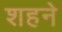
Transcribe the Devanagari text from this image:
शहने